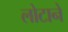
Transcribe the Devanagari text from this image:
लोटाने